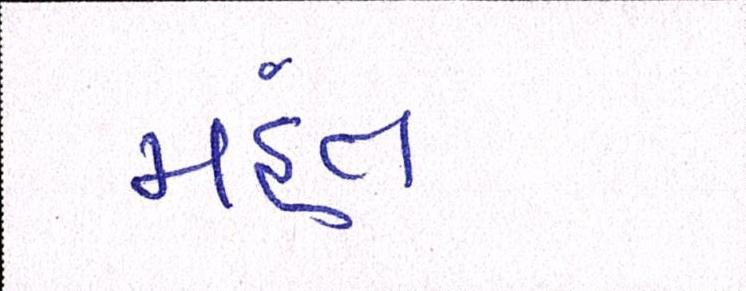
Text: મંહત